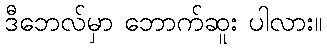
ဒီဘေလ်မှာ ဘောက်ဆူး ပါလား။